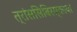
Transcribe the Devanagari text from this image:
त्रांससिबिरस्काया